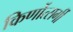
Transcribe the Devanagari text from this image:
किर्णोत्सर्गी